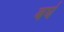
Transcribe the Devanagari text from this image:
बर्घ